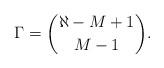
LaTeX: \begin{align*}\Gamma={\aleph-M+1 \choose M-1}.\end{align*}